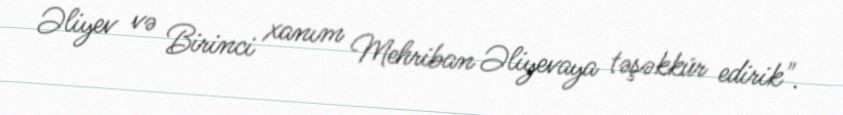
Əliyev və Birinci xanım Mehriban Əliyevaya təşəkkür edirik".